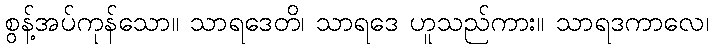
စွန့်အပ်ကုန်သော။ သာရဒေတိ၊ သာရဒေ ဟူသည်ကား။ သာရဒကာလေ၊